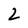
Character: 2